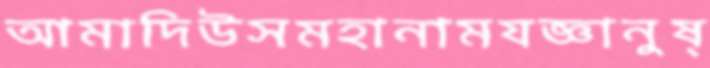
আমাদিউসমহানামযজ্ঞানুষ্